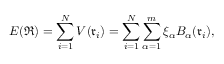
E ( \mathfrak { R } ) = \sum _ { i = 1 } ^ { N } V ( \mathfrak { r } _ { i } ) = \sum _ { i = 1 } ^ { N } \sum _ { \alpha = 1 } ^ { m } \xi _ { \alpha } B _ { \alpha } ( \mathfrak { r } _ { i } ) ,